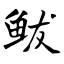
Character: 鲅